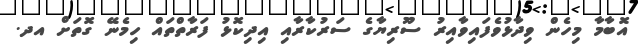
އޮބާމާ މިހެން ވިދާޅުވެފައިވާއިރު ސޫރިޔާގެ ސަރުކާރާއި އިދިކޮޅު ފަރާތްތައް ހިމެނޭ ގޮތަށް އދ.